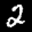
Label: 2